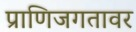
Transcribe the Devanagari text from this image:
प्राणिजगतावर